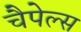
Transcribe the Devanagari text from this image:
चैपेल्स